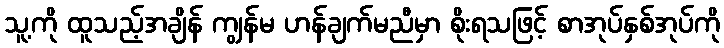
သူ့ကို ထူသည့်အချိန် ကျွန်မ ဟန်ချက်မညီမှာ စိုးရသဖြင့် စာအုပ်နှစ်အုပ်ကို